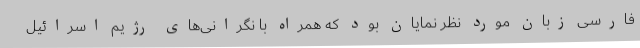
فارسی زبان مورد نظر نمایان بود که همراه با نگرانی‌های رژیم اسرائیل